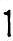
1